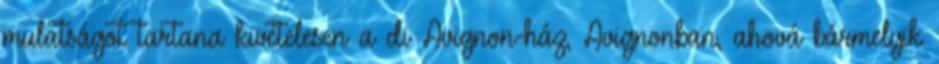
mulatságot tartana kivételesen a di Avignon-ház, Avignonban, ahová bármelyik